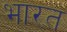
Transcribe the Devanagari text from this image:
भारत